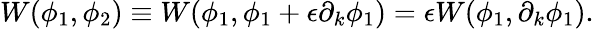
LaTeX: W(\phi_{1},\phi_{2})\equiv W(\phi_{1},\phi_{1}+\epsilon\partial_{k}\phi_{1})=\epsilon W(\phi_{1},\partial_{k}\phi_{1}).